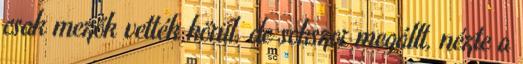
csak mezők vették körül, de sokszor megállt, nézte a